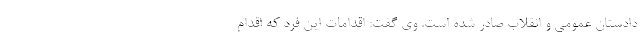
دادستان عمومی و انقلاب صادر شده است. وی گفت: اقدامات این فرد که اقدام